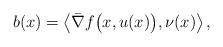
LaTeX: \begin{align*}b(x)=\left\langle \bar{\nabla}f\bigl(x,u(x)\bigr),\nu(x)\right\rangle,\end{align*}